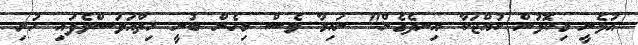
އުޅެނީ މިކޮޅުން ކުއްޖަކާ އިނދެގެން" ނައިމާ ވެސް މިހެން ބުނީ ހިތްއަވަސްވެފައި ހުރި